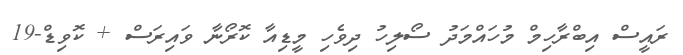
ރައީސް އިބްރާހިމް މުހައްމަދު ސޯލިހު ދިވެހި މީޑިއާ ކޮރޯނާ ވައިރަސް + ކޮވިޑް-19